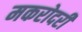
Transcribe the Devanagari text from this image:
मकरोदरी